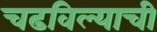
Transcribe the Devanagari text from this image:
चढविल्याची